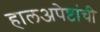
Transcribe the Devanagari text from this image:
हालअपेष्टांची